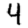
Digit: 4